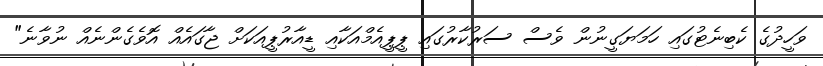
ވަހީދުގެ ކެބިނެޓުގައި ހަމަޔަގީނުން ވެސް ސަރުކާރުގައި ޕީޕީއެމްއަކާއި ޑީއާރުޕީއަކަށް ޖާގައެއް އޮވެގެންނެއް ނުވާނެ"